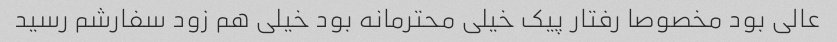
عالی بود مخصوصا رفتار پیک خیلی محترمانه بود خیلی هم زود سفارشم رسید